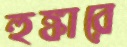
হুঙ্কারে